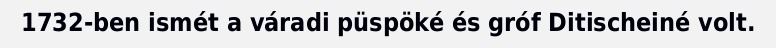
1732-ben ismét a váradi püspöké és gróf Ditischeiné volt.